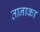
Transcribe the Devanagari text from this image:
तानाका